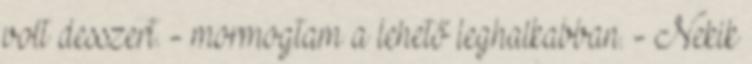
volt desszert. - mormogtam a lehető leghalkabban. - Nekik